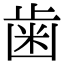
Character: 歯